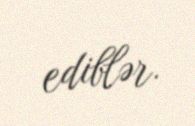
ediblər.